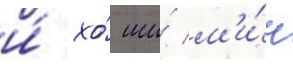
и́ хо́ ши́ м'и́н